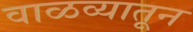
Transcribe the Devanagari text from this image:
वाळव्यातून